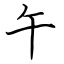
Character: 午